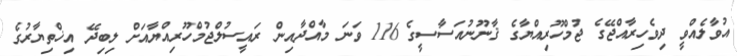
އުވާލެއްވީ ދިވެހިރާއްޖޭގެ ޖުމްހޫރިއްޔާގެ ޤާނޫނުއަސާސީގެ 116 ވަނަ މާއްދާއިން ރައީސުލްޖުމްހޫރިއްޔާއަށް ލިބިދޭ އިޚްތިޔާރުގެ